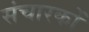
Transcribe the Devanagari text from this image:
संचारकों